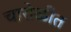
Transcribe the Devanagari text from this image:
चारोळीत